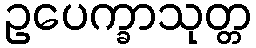
ဥပေက္ခာသုတ္တ